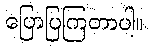
ပြောပြကြတာပါ။